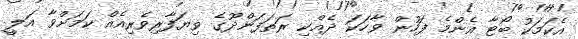
އެކަމަކު ބޯޓާ އެންމެ ފަހުން ވާހަކަ ދެއްކި ރަތަފަންދޫގެ ވިޔަފާރިވެރިއެއް ކަމަށްވާ އަލީ